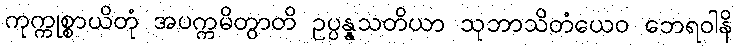
ကုက္ကုစ္စာယိတုံ အပက္ကမိတွာတိ ဥပ္ပန္နသတိယာ သုဘာသိတံယေဝ ဘေရဝါနိ